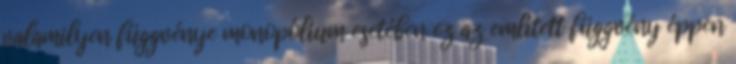
valamilyen függvénye monopólium esetében ez az említett függvény éppen